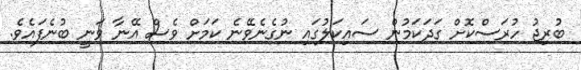
ބުރިޖު ހުރަސްކޮށް ގަދަކަމުން ސައިކަލުގައި ނުގެނެވޭނެ ކަމަށް ވެސް އޭނާ ވަނީ ބުނެފައެވެ.